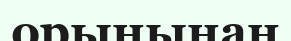
орынынан